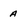
Character: a